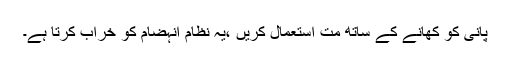
پانی کو کھانے کے ساتھ مت استعمال کریں ،یہ نظام انہضام کو خراب کرتا ہے۔